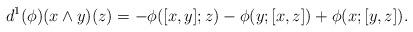
LaTeX: \begin{align*}d^1 (\phi) (x \wedge y)(z) = -\phi([x,y];z) - \phi(y; [x,z]) + \phi(x; [y,z]).\end{align*}